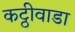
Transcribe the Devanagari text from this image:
कट्ठीवाडा